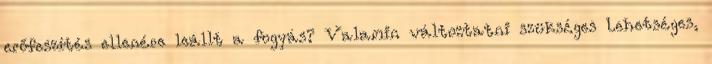
erőfeszítés ellenére leállt a fogyás? Valamin változtatni szükséges Lehetséges,